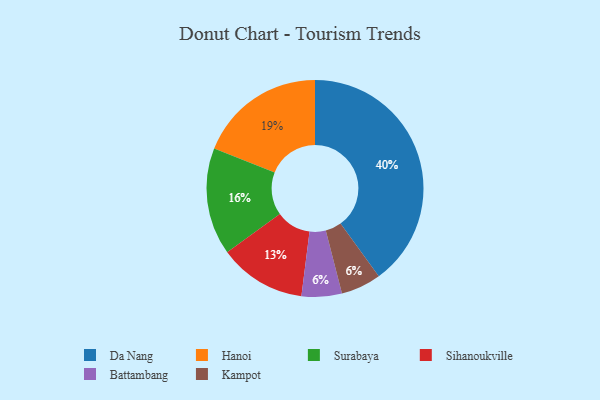
{"axis": {"x": "Category", "y": "Percentage"}, "legend": ["Battambang", "Da Nang", "Hanoi", "Kampot", "Sihanoukville", "Surabaya"], "data": [{"x": "Sihanoukville", "y": 13, "type": "Sihanoukville"}, {"x": "Da Nang", "y": 40, "type": "Da Nang"}, {"x": "Surabaya", "y": 16, "type": "Surabaya"}, {"x": "Battambang", "y": 6, "type": "Battambang"}, {"x": "Hanoi", "y": 19, "type": "Hanoi"}, {"x": "Kampot", "y": 6, "type": "Kampot"}]}